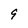
Character: 9